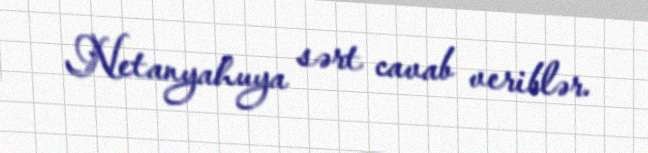
Netanyahuya sərt cavab veriblər.